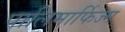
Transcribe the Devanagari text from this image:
पालिमार्फिज्म